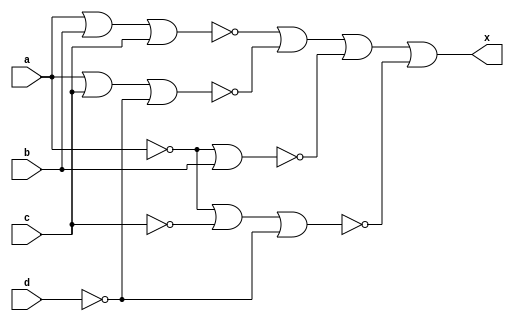
/*
X=A'B'C' + A'C'D + AB' + ACD
X=[(A'B'C' + A'C'D + AB' + ACD)']'
X=[(A+B+C)(A+C+D')(A'+B)(A'+C'+D')]'
X=[[(A+B+C)'+(A+C+D')'+(A'+B)'+(A'+C'+D')]']'
*/

module lab4_nor(x,a,b,c,d);

input a,b,c,d;
output x;

wire not_a, not_b,not_c,not_d,not_x;
wire exp0, exp1, exp2,exp3,exp4;

not (not_a, a);
not (not_b, b);
not (not_c,	c);
not (not_d, d);

nor (exp0, a, b,c);
nor (exp1, a, c,not_d);
nor (exp2, not_a, b);
nor (exp3, not_a,not_c,not_d);

nor (exp4, exp0, exp1, exp2,exp3);

nor (x,exp4);

endmodule